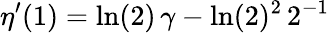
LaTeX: \eta^{\prime}(1)=\ln(2)\, \gamma-\ln(2)^{2}\, 2^{-1}